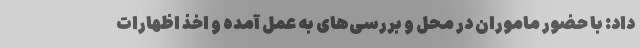
داد: با حضور ماموران در محل و بررسی‌های به عمل آمده و اخذ اظهارات